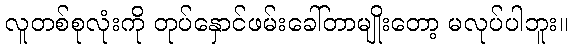
လူတစ်စုလုံးကို တုပ်နှောင်ဖမ်းခေါ်တာမျိုးတော့ မလုပ်ပါဘူး။